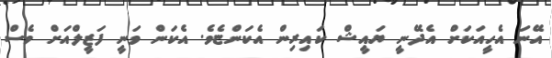
އޭނަ އެހީއަކަށް އެދޭނީ ޔައީޝް ކައިރިން އެކަންޏެވެ. އެކަން ވަނީ ފަޒީލްއަށް ވެސް